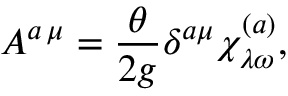
A ^ { a \, \mu } = \frac { \theta } { 2 g } \delta ^ { a \mu } \chi _ { \lambda \omega } ^ { ( a ) } ,